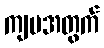
ကျမအတွက်